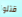
قتلوا